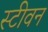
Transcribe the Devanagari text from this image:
स्‍टीवन